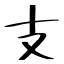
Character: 支